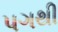
પગથી